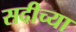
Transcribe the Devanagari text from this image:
सदीच्या